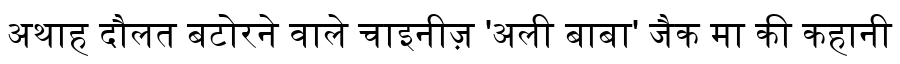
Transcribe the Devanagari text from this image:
अथाह दौलत बटोरने वाले चाइनीज़ 'अली बाबा' जैक मा की कहानी